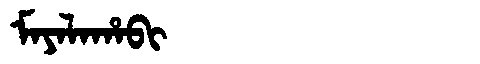
Manchu: ᠮᠠᠶᠠᠯᠠᡥᠠᠪᡳ
Romanization: MAYALAHABI